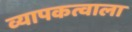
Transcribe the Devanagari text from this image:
व्यापकत्वाला